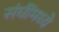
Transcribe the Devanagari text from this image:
संघींमध्ये